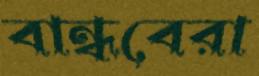
বান্ধবেরা